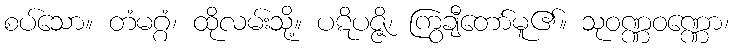
စပ်သော။ တံမဂ္ဂံ၊ ထိုလမ်းသို့။ ပဋိပဇ္ဇိ၊ ကြွချီတော်မူ၏။ သုဝဏ္ဏဝဏ္ဏော၊